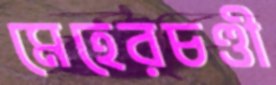
মেহেরচণ্ডী